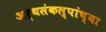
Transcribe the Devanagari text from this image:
अर्थसंकल्पांच्या